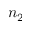
n _ { 2 }